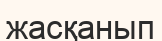
жасқанып